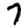
Digit: 7